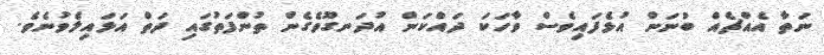
ނަތާ އެއްޗެއް ބުނަން އުޅެފައިވެސް ވާހަކަ ދައްކަން އުދަނގޫވެގެން ތުންފަތުގައި ދަތް އަޅައިލެވުނެވެ.